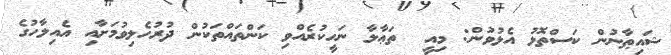
ޝައިޠާނުން ކަސްތޮޅު އެޅުވުން: މިއީ  ތަޢާލާ ނަހީކުރެއްވި ކަންތައްތަކުން ދުރުހެލިވުމަށާއި އެއިލާހުގެ